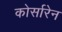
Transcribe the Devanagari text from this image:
कोर्सारेन